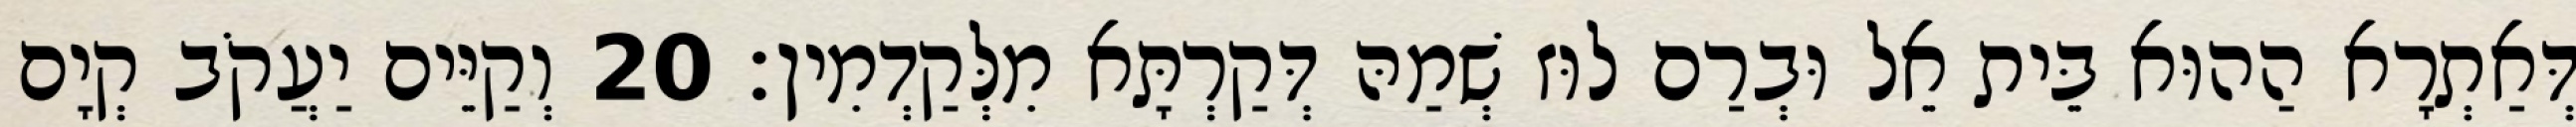
דְּאַתְרָא הַהוּא בֵּית אֵל וּבְרַם לוּז שְׁמַהּ דְּקַרְתָּא מִלְּקַדְמִין׃ 20 וְקַיֵּים יַעֲקֹב קְיָם